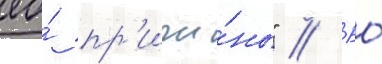
ео́ пр'ичи́ны" // Ео́